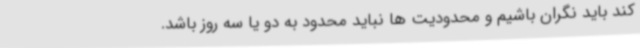
کند باید نگران باشیم و محدودیت ها نباید محدود به دو یا سه روز باشد.